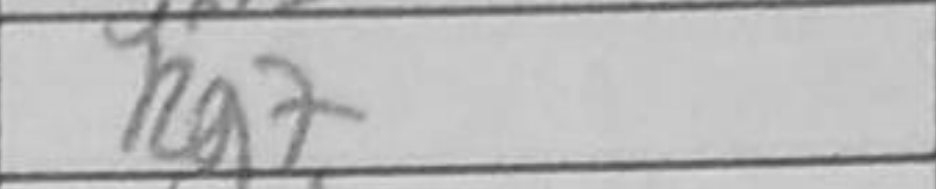
Transcription: Rg7